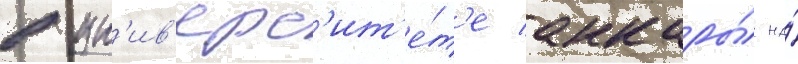
в ун'ив'ерс'ит'е́т'е анкары́ на́